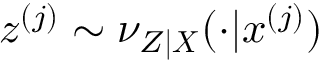
z ^ { ( j ) } \sim \nu _ { Z | \boldsymbol { X } } ( \cdot | \boldsymbol { x } ^ { ( j ) } )